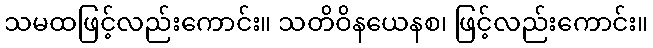
သမထဖြင့်လည်းကောင်း။ သတိဝိနယေနစ၊ ဖြင့်လည်းကောင်း။